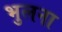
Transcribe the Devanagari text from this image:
भुलना